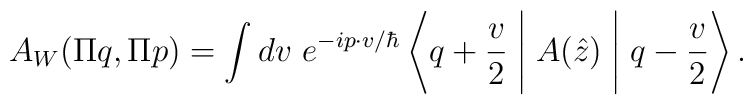
A_W(\Pi q,\Pi p)=\int dv~e^{-ip \cdot v/\hbar} \left \langle q+\frac{v}{2} \Biggm |A(\hat z) \Biggm| q-\frac{v}{2} \right \rangle.